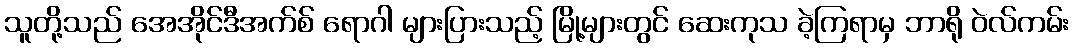
သူတို့သည် အေအိုင်ဒီအက်စ် ရောဂါ များပြားသည့် မြို့များတွင် ဆေးကုသ ခဲ့ကြရာမှ ဘာရို ဝဲလ်ကမ်း